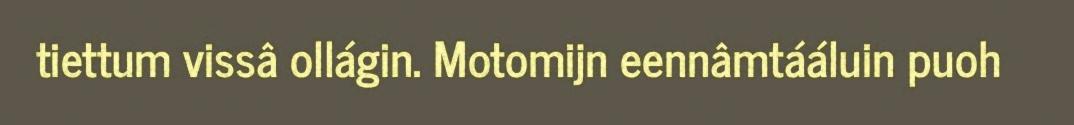
tiettum vissâ ollágin. Motomijn eennâmtááluin puoh